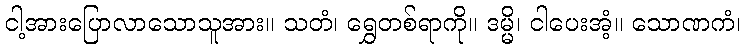
ငါ့အားပြောလာသောသူအား။ သတံ၊ ရွှေတစ်ရာကို။ ဒမ္မိ၊ ငါပေးအံ့။ သောဏကံ၊